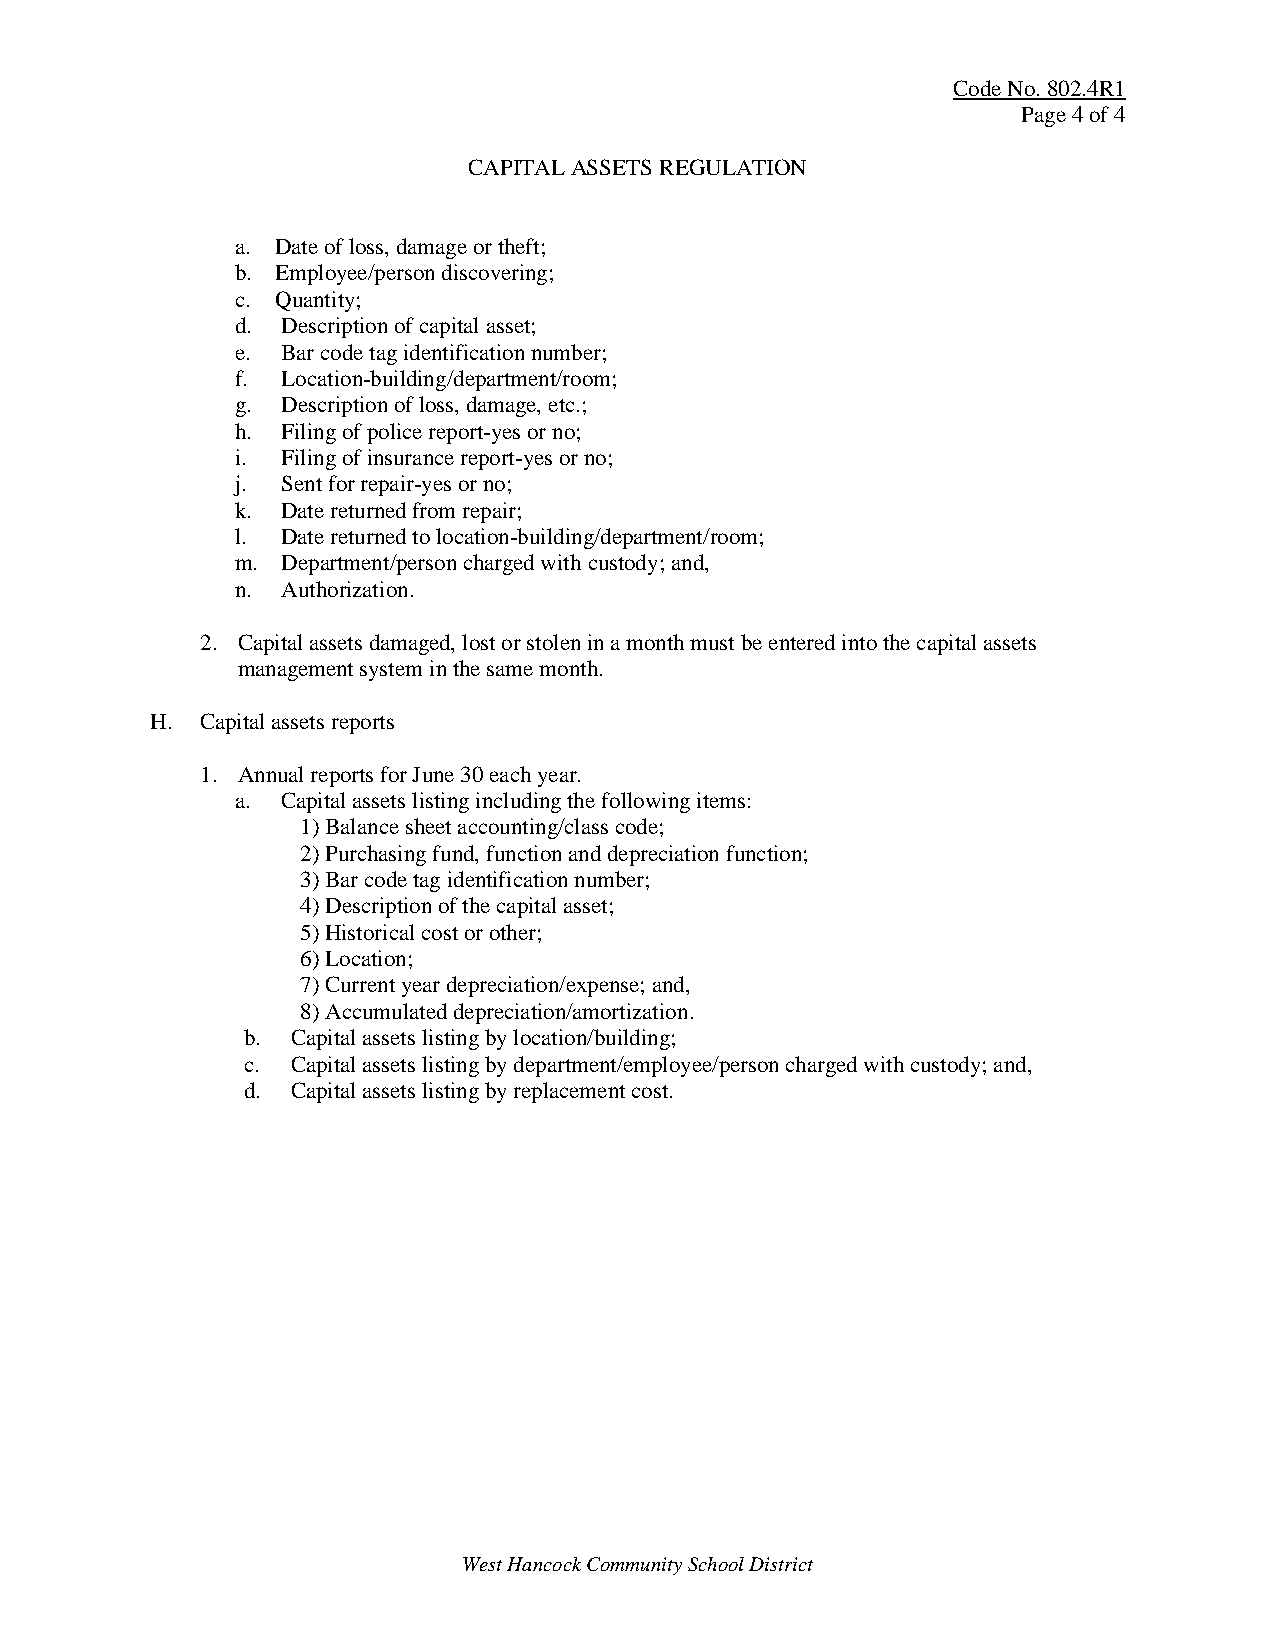
Code No. 802.4R1
 Page 4 of 4
 CAPITAL ASSETS REGULATION
 a. Date of loss, damage or theft;
 b. Employee/person discovering;
 c. Quantity;
 d. Description of capital asset;
 e. Bar code tag identification number;
 f. Location-building/department/room;
 g. Description of loss, damage, etc.;
 h. Filing of police report-yes or no;
 i. Filing of insurance report-yes or no;
 j. Sent for repair-yes or no;
 k. Date returned from repair;
 l. Date returned to location-building/department/room;
 m. Department/person charged with custody; and,
 n. Authorization.
 2. Capital assets damaged, lost or stolen in a month must be entered into the capital assets
 management system in the same month.
 H. Capital assets reports
 1. Annual reports for June 30 each year.
 a. Capital assets listing including the following items:
 1) Balance sheet accounting/class code;
 2) Purchasing fund, function and depreciation function;
 3) Bar code tag identification number;
 4) Description of the capital asset;
 5) Historical cost or other;
 6) Location;
 7) Current year depreciation/expense; and,
 8) Accumulated depreciation/amortization.
 b. Capital assets listing by location/building;
 c. Capital assets listing by department/employee/person charged with custody; and,
 d. Capital assets listing by replacement cost.
 West Hancock Community School District